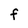
Character: F